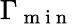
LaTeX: \Gamma_{\mathrm{~m~i~n~}}